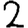
Digit: 2